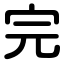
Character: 完